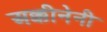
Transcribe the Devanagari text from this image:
अक्कीनेनी